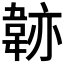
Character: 𩎭